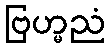
ဗြဟ္မညံ